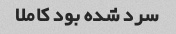
سرد شده بود کاملا